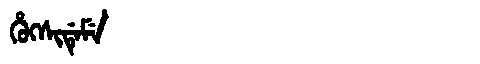
Manchu: ᡥᡠᡴᠰᡳᡩᡝᠮᡝ
Romanization: HUKSIDEME